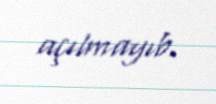
açılmayıb.